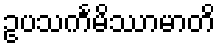
ဥပသင်္ကမိဿာမာတိ